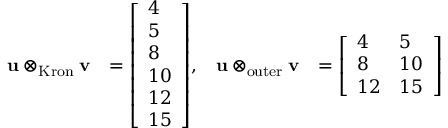
{ \begin{array} { r l r l } { \mathbf { u } \otimes _ { \mathrm { K r o n } } \mathbf { v } } & { = { \left[ \begin{array} { l } { 4 } \\ { 5 } \\ { 8 } \\ { 1 0 } \\ { 1 2 } \\ { 1 5 } \end{array} \right] } , } & { \mathbf { u } \otimes _ { \mathrm { o u t e r } } \mathbf { v } } & { = { \left[ \begin{array} { l l } { 4 } & { 5 } \\ { 8 } & { 1 0 } \\ { 1 2 } & { 1 5 } \end{array} \right] } } \end{array} }